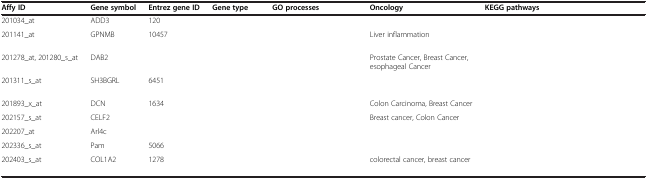
<table><thead><tr><td><b>Affy ID</b></td><td><b>Gene symbol</b></td><td><b>Entrez gene ID</b></td><td><b>Gene type</b></td><td><b>GO processes</b></td><td><b>Oncology</b></td><td><b>KEGG pathways</b></td></tr></thead><tbody><tr><td>201034_at</td><td>ADD3</td><td>120</td><td>[EMPTY_CELL]</td><td>[EMPTY_CELL]</td><td>[EMPTY_CELL]</td><td>[EMPTY_CELL]</td></tr><tr><td>201141_at</td><td>GPNMB</td><td>10457</td><td>[EMPTY_CELL]</td><td>[EMPTY_CELL]</td><td>Liver inflammation</td><td>[EMPTY_CELL]</td></tr><tr><td>201278_at, 201280_s_at</td><td>DAB2</td><td>[EMPTY_CELL]</td><td>[EMPTY_CELL]</td><td>[EMPTY_CELL]</td><td>Prostate Cancer, Breast Cancer, esophageal Cancer</td><td>[EMPTY_CELL]</td></tr><tr><td>201311_s_at</td><td>SH3BGRL</td><td>6451</td><td>[EMPTY_CELL]</td><td>[EMPTY_CELL]</td><td>[EMPTY_CELL]</td><td>[EMPTY_CELL]</td></tr><tr><td>201893_x_at</td><td>DCN</td><td>1634</td><td>[EMPTY_CELL]</td><td>[EMPTY_CELL]</td><td>Colon Carcinoma, Breast Cancer</td><td>[EMPTY_CELL]</td></tr><tr><td>202157_s_at</td><td>CELF2</td><td>[EMPTY_CELL]</td><td>[EMPTY_CELL]</td><td>[EMPTY_CELL]</td><td>Breast cancer, Colon Cancer</td><td>[EMPTY_CELL]</td></tr><tr><td>202207_at</td><td>Arl4c</td><td>[EMPTY_CELL]</td><td>[EMPTY_CELL]</td><td>[EMPTY_CELL]</td><td>[EMPTY_CELL]</td><td>[EMPTY_CELL]</td></tr><tr><td>202336_s_at</td><td>Pam</td><td>5066</td><td>[EMPTY_CELL]</td><td>[EMPTY_CELL]</td><td>[EMPTY_CELL]</td><td>[EMPTY_CELL]</td></tr><tr><td>202403_s_at</td><td>COL1A2</td><td>1278</td><td>[EMPTY_CELL]</td><td>[EMPTY_CELL]</td><td>colorectal cancer, breast cancer</td><td>[EMPTY_CELL]</td></tr></tbody></table>